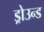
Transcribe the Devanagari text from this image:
ड्रोउन्ड